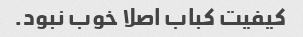
کیفیت کباب اصلا خوب نبود.